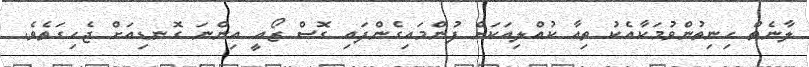
ލާނެތް ހިނިތުންވުމަކާއެކު ތިއާ ކުއްލިއަކަށް ފުންމައިގެންފައި ގޮސް ޒޯއީ އިންނަ ގޮނޑިއަށް ޖެހިގަތެވެ.